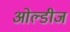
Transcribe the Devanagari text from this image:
ओल्डीज